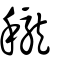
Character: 䆍